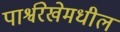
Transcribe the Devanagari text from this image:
पार्श्वरेखेमधील